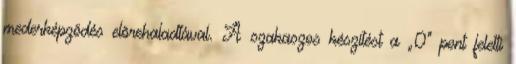
mederképzõdés elõrehaladtával. A szakaszos készítést a „0” pont feletti